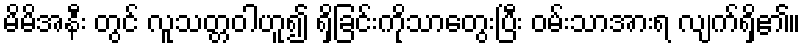
မိမိအနီး တွင် လူသတ္တဝါဟူ၍ ရှိခြင်းကိုသာတွေးပြီး ဝမ်းသာအားရ လျက်ရှိ၏။